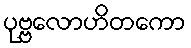
ပုဗ္ဗလောဟိတကော